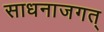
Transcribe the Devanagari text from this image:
साधनाजगत्